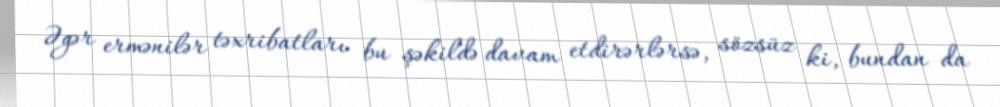
Əgər ermənilər təxribatları bu şəkildə davam etdirərlərsə, sözsüz ki, bundan da